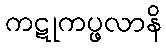
ကဋုကပ္ဖလာနိ